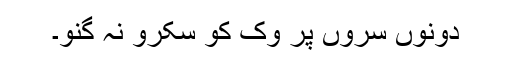
دونوں سروں پر وک کو سکرو نہ گنو۔